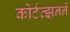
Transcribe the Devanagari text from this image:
कोर्टत्झनने